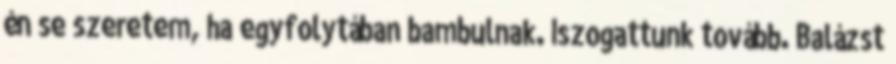
én se szeretem, ha egyfolytában bambulnak. Iszogattunk tovább. Balázst